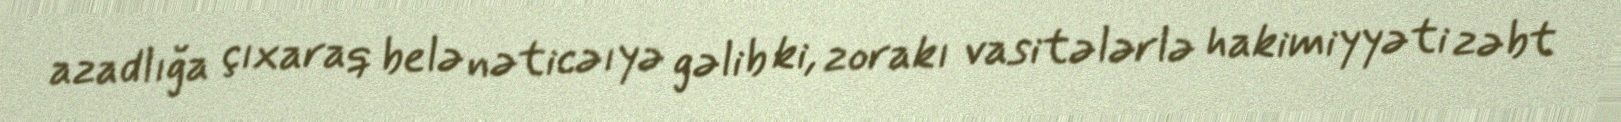
azadlığa çıxaraq belə nəticəıyə gəlib ki, zorakı vasitələrlə hakimiyyəti zəbt